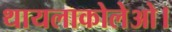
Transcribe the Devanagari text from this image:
थायलाकोलेओ।